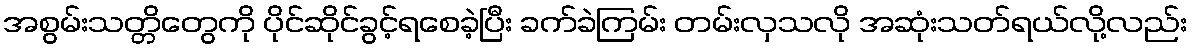
အစွမ်းသတ္တိတွေကို ပိုင်ဆိုင်ခွင့်ရစေခဲ့ပြီး ခက်ခဲကြမ်း တမ်းလှသလို အဆုံးသတ်ရယ်လို့လည်း